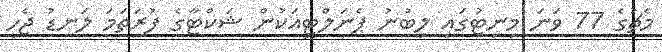
މެޗުގެ 77 ވަނަ މިނިޓުގައި ލިބުނު ޕެނަލްޓީއަކުން ޝަކްޓާގެ ފުރަތަމަ ލަނޑު ޖެހީ